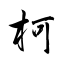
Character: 柯